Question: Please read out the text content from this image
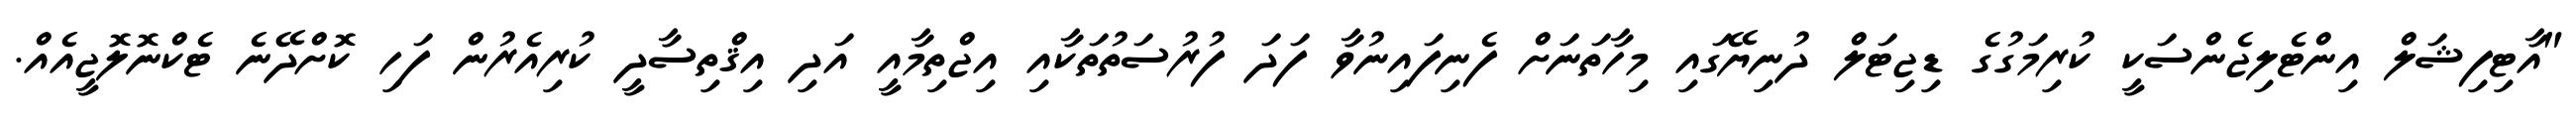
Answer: "އާޓިފިޝަލް އިންޓެލިޖެންސަކީ ކުރިމަގުގެ ޑިޖިޓަލް ދުނިޔޭގައި މިހާތަނަށް ފެނިފައިނުވާ ފަދަ ފުރުސަތުތަކާއި އިޖްތިމާއީ އަދި އިޤްތިސާދީ ކުރިއެރުން ފަހި ކޮށްދޭނެ ޓެކްނޮލޮޖީއެއް.